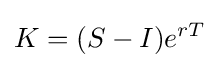
K=(S-I)e^{rT}